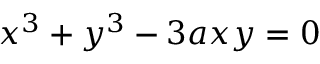
x ^ { 3 } + y ^ { 3 } - 3 a x y = 0